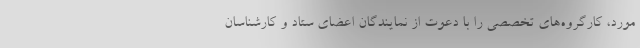
مورد، کارگروه‌های تخصصی را با دعوت از نمایندگان اعضای ستاد و کارشناسان